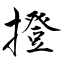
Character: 撜